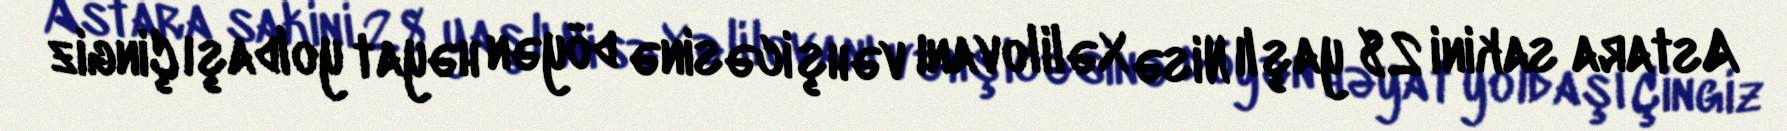
Astara sakini 28 yaşlı Nisə Xəlilovanı vəhşicəsinə döyən həyat yoldaşı Çingiz